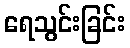
ရေသွင်းခြင်း